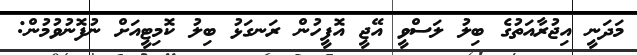
މަދަނީ އިޖުރާއަތުގެ ބިލު ލަސްވީ އޭޖީ އޮފީހުން ރަނގަޅު ބިލު ކޮމިޓީއަށް ނުފޮނުވުމުން: